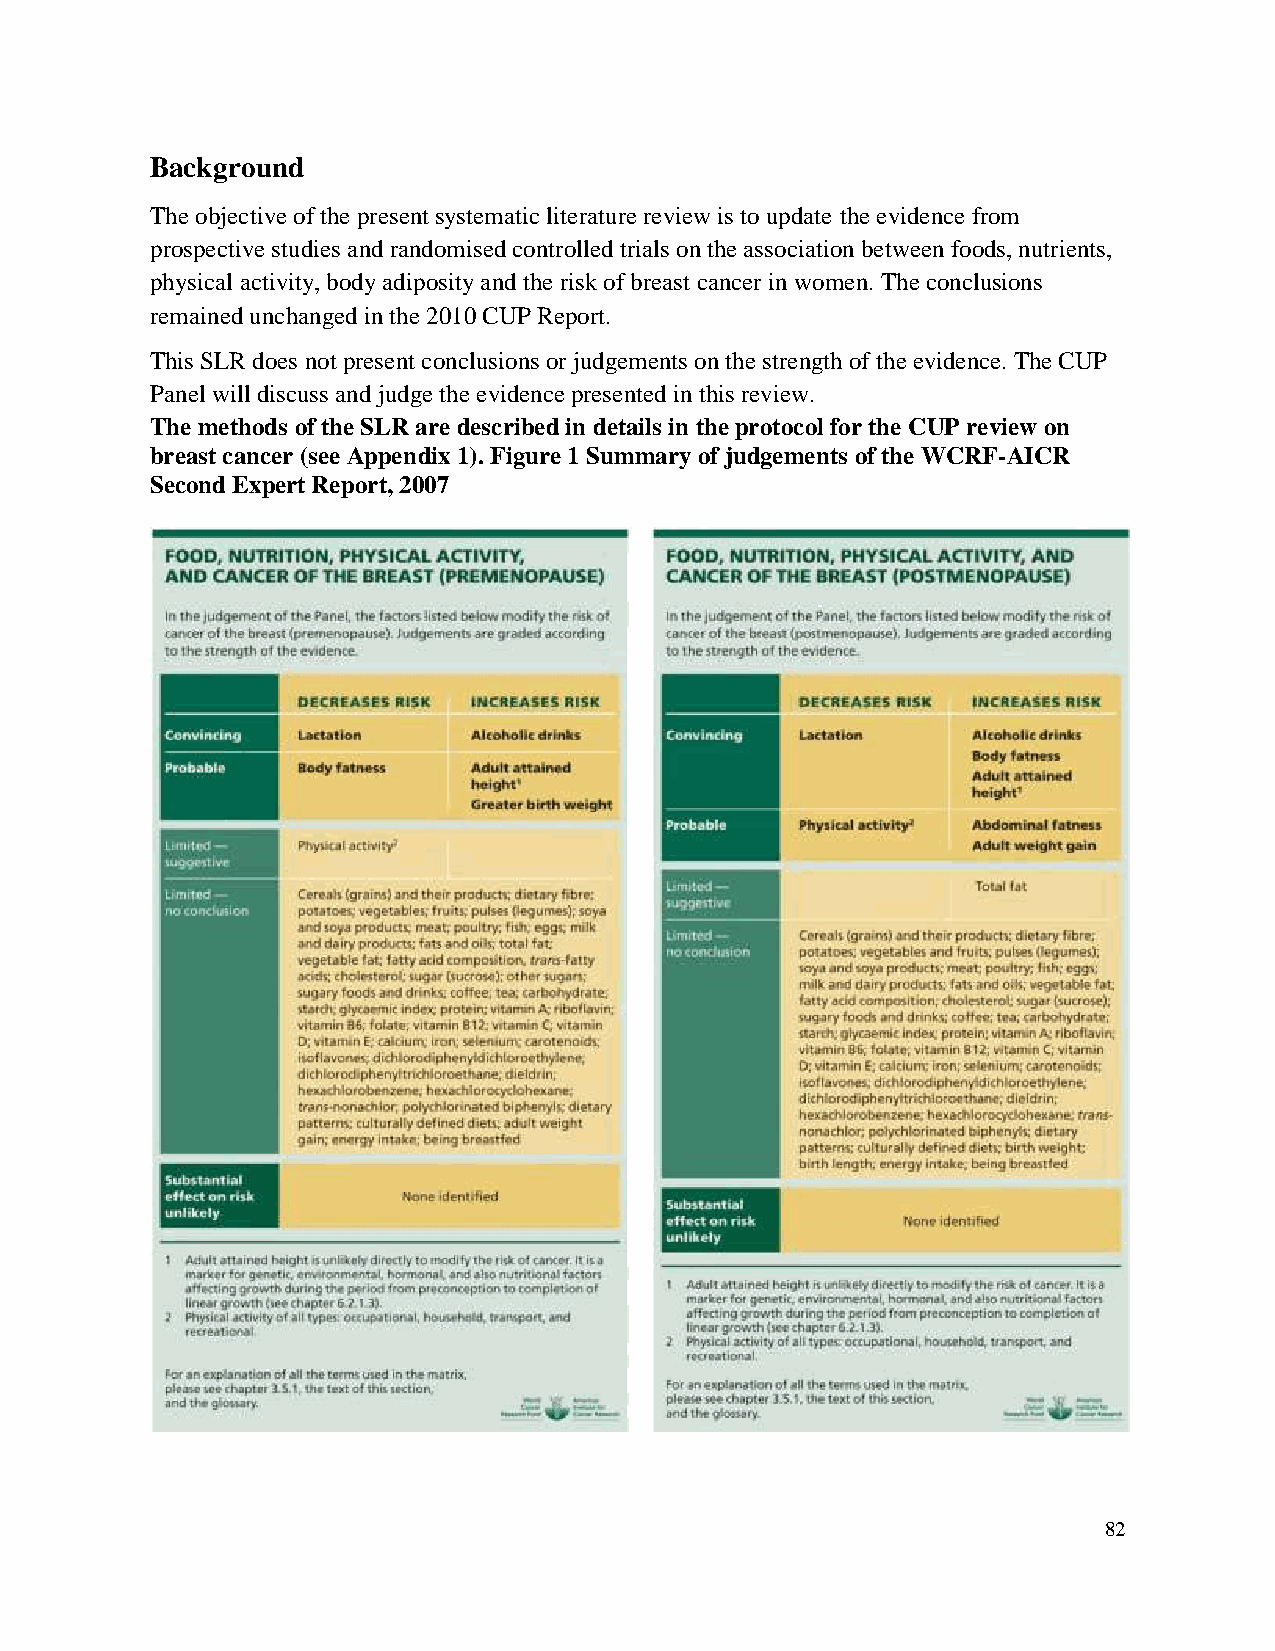
Background
 The objective of the present systematic literature review is to update the evidence from
 prospective studies and randomised controlled trials on the association between foods, nutrients,
 physical activity, body adiposity and the risk of breast cancer in women. The conclusions
 remained unchanged in the 2010 CUP Report.
 This SLR does not present conclusions or judgements on the strength of the evidence. The CUP
 Panel will discuss and judge the evidence presented in this review.
 The methods of the SLR are described in details in the protocol for the CUP review on
 breast cancer (see Appendix 1). Figure 1 Summary of judgements of the WCRF-AICR
 Second Expert Report, 2007
 82